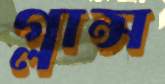
গ্লান্স